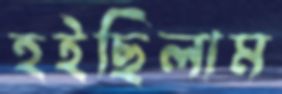
হইছিলাম